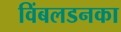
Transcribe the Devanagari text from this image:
विंबलडनका